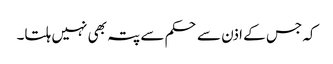
کہ جس کے اذن سے حکم سے پتہ بھی نہیں ہلتا۔